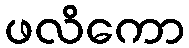
ဖလိကော